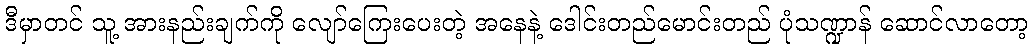
ဒီမှာတင် သူ့ အားနည်းချက်ကို လျော်ကြေးပေးတဲ့ အနေနဲ့ ဒေါင်းတည်မောင်းတည် ပုံသဏ္ဍာန် ဆောင်လာတော့